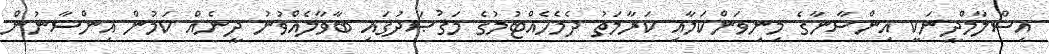
އިސްލާމްދީނަކީ އިންސާނާގެ މިނިވަންކަމާއި ކަރާމަތު ދެމެހެއްޓުމުގެ މަޤުޞަދުގައި ބާވާލެއްވުނު ދީނެއް ކަމުން އިންސާނުން